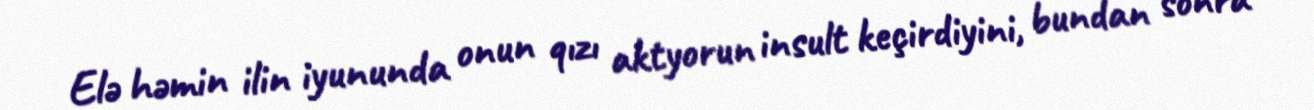
Elə həmin ilin iyununda onun qızı aktyorun insult keçirdiyini, bundan sonra